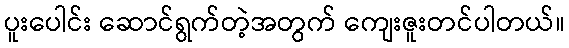
ပူးပေါင်း ဆောင်ရွက်တဲ့အတွက် ကျေးဇူးတင်ပါတယ်။